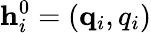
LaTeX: \mathbf h_{i}^{0}=(\mathbf q_{i},q_{i})